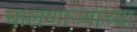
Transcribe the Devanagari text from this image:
चालणार्‍यांच्या